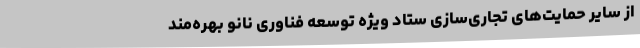
از سایر حمایت‌های تجاری‌سازی ستاد ویژه توسعه فناوری نانو بهره‌مند